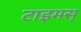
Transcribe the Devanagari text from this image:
टाइमस्